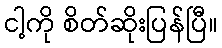
ငါ့ကို စိတ်ဆိုးပြန်ပြီ။